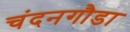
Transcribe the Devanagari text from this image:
चंदनगौडा